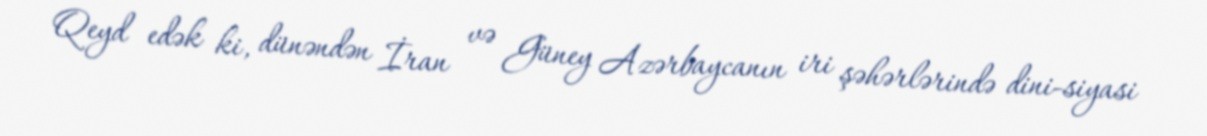
Qeyd edək ki, dünəndən İran və Güney Azərbaycanın iri şəhərlərində dini-siyasi